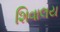
શિવાલય